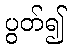
ပွတ်၍